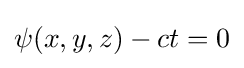
\psi (x,y,z)-ct=0